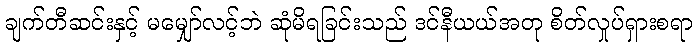
ချက်တီဆင်းနှင့် မမျှော်လင့်ဘဲ ဆုံမိရခြင်းသည် ဒင်နီယယ်အတု စိတ်လှုပ်ရှားစရာ